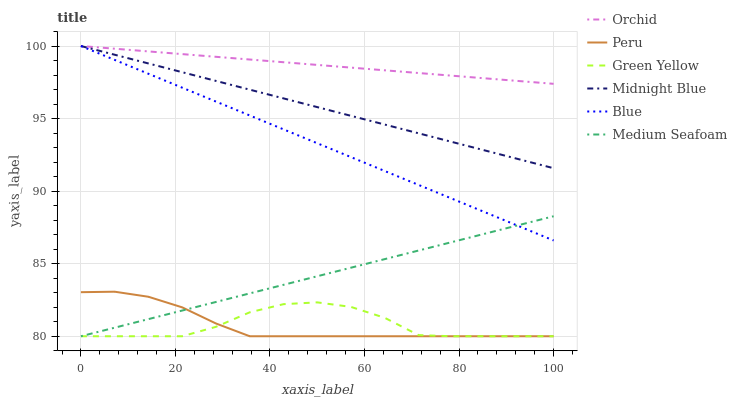
| xaxis_label | Orchid | Peru | Green Yellow | Midnight Blue | Blue | Medium Seafoam |
 | --- | --- | --- | --- | --- | --- | --- |
 | 0 | 100 | 83 | 80 | 100 | 100 | 80 |
 | 7.14 | 99.8 | 83.1 | 80 | 99.4 | 99 | 80.6 |
 | 14.3 | 99.6 | 82.7 | 80 | 98.8 | 98.1 | 81.2 |
 | 21.4 | 99.4 | 82 | 80 | 98.2 | 97.1 | 81.8 |
 | 28.6 | 99.3 | 80.9 | 80.7 | 97.6 | 96.2 | 82.4 |
 | 35.7 | 99.1 | 80 | 81.6 | 97 | 95.2 | 83 |
 | 42.9 | 98.9 | 80 | 82.2 | 96.4 | 94.3 | 83.5 |
 | 50 | 98.7 | 80 | 82.3 | 95.8 | 93.3 | 84.1 |
 | 57.1 | 98.5 | 80 | 82 | 95.2 | 92.3 | 84.7 |
 | 64.3 | 98.3 | 80 | 81.3 | 94.6 | 91.4 | 85.3 |
 | 71.4 | 98.1 | 80 | 80.1 | 94 | 90.4 | 85.9 |
 | 78.6 | 98 | 80 | 80 | 93.4 | 89.5 | 86.5 |
 | 85.7 | 97.8 | 80 | 80 | 92.8 | 88.5 | 87.1 |
 | 92.9 | 97.6 | 80 | 80 | 92.2 | 87.6 | 87.7 |
 | 100 | 97.4 | 80 | 80 | 91.6 | 86.6 | 88.3 |